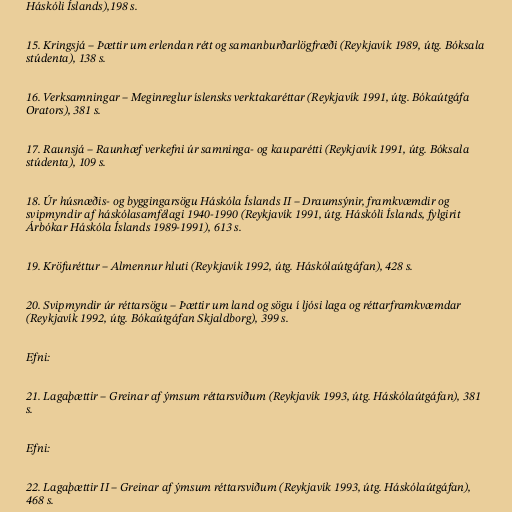
Háskóli Íslands),198 s.

15. Kringsjá – Þættir um erlendan rétt og samanburðarlögfræði (Reykjavík 1989, útg. Bóksala
stúdenta), 138 s.

16. Verksamningar – Meginreglur íslensks verktakaréttar (Reykjavík 1991, útg. Bókaútgáfa
Orators), 381 s.

17. Raunsjá – Raunhæf verkefni úr samninga- og kauparétti (Reykjavík 1991, útg. Bóksala
stúdenta), 109 s.

18. Úr húsnæðis- og byggingarsögu Háskóla Íslands II – Draumsýnir, framkvæmdir og
svipmyndir af háskólasamfélagi 1940-1990 (Reykjavík 1991, útg. Háskóli Íslands, fylgirit
Árbókar Háskóla Íslands 1989-1991), 613 s.

19. Kröfuréttur – Almennur hluti (Reykjavík 1992, útg. Háskólaútgáfan), 428 s.

20. Svipmyndir úr réttarsögu – Þættir um land og sögu í ljósi laga og réttarframkvæmdar
(Reykjavík 1992, útg. Bókaútgáfan Skjaldborg), 399 s.

Efni:

21. Lagaþættir – Greinar af ýmsum réttarsviðum (Reykjavík 1993, útg. Háskólaútgáfan), 381
s.

Efni:

22. Lagaþættir II – Greinar af ýmsum réttarsviðum (Reykjavík 1993, útg. Háskólaútgáfan),
468 s.